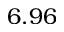
6 . 9 6